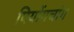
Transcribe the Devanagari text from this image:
पियोंगचांग